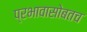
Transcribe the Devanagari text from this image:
प्रभावासोबतच